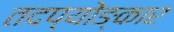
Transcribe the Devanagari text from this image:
तदप्योङ्कार